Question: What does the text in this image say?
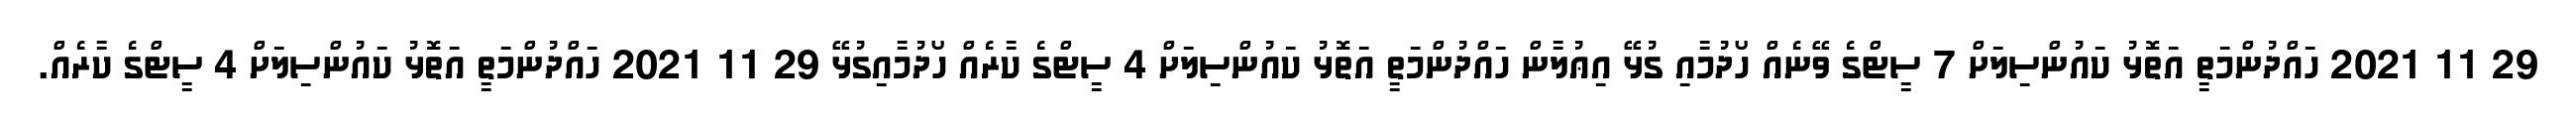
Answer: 29 11 2021 ހައްދުންމަތީ އަތޮޅު ކައުންސިލަށް 7 ސީޓްގެ ވޭނެއް ހޯދުމާއި ގުޅޭ އިޢުލާން ހައްދުންމަތީ އަތޮޅު ކައުންސިލަށް 4 ސީޓްގެ ކާރެއް ހޯދުމާއިގުޅޭ 29 11 2021 ހައްދުންމަތީ އަތޮޅު ކައުންސިލަށް 4 ސީޓްގެ ކާރެއް.